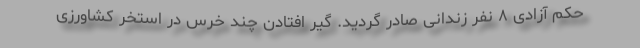
حکم آزادی ۸ نفر زندانی صادر گردید. گیر افتادن چند خرس در استخر کشاورزی